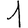
Digit: 1